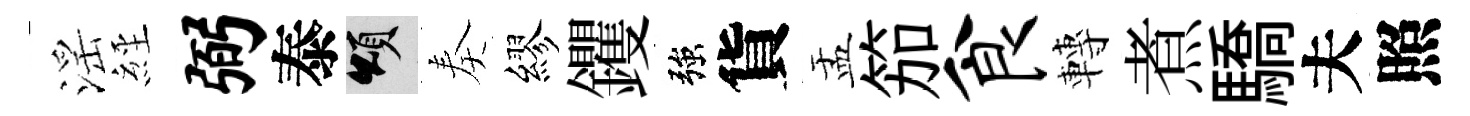
滛𦀇弼泰頌奏繆钁強貨盂笳食轉煮驕夫照